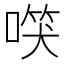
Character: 𠺑